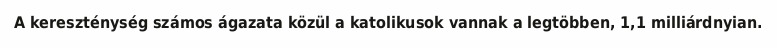
A kereszténység számos ágazata közül a katolikusok vannak a legtöbben, 1,1 milliárdnyian.